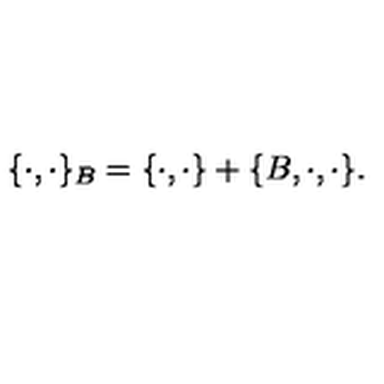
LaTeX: \{ \cdot , \cdot \} _ { B } = \{ \cdot , \cdot \} + \{ B , \cdot , \cdot \} .